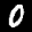
Label: 0